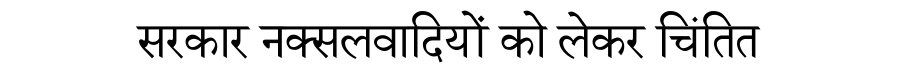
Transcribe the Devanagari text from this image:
सरकार नक्सलवादियों को लेकर चिंतित